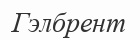
Гэлбрент